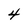
Character: 4